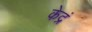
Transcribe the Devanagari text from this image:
केद्रं